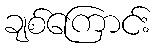
ချစ်ကြောင်း